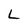
Character: L